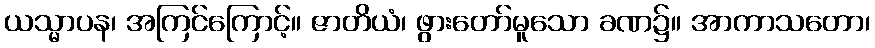
ယသ္မာပန၊ အကြင်ကြောင့်။ ဇာတိယံ၊ ဖွားတော်မူသော ခဏ၌။ အာကာသတော၊